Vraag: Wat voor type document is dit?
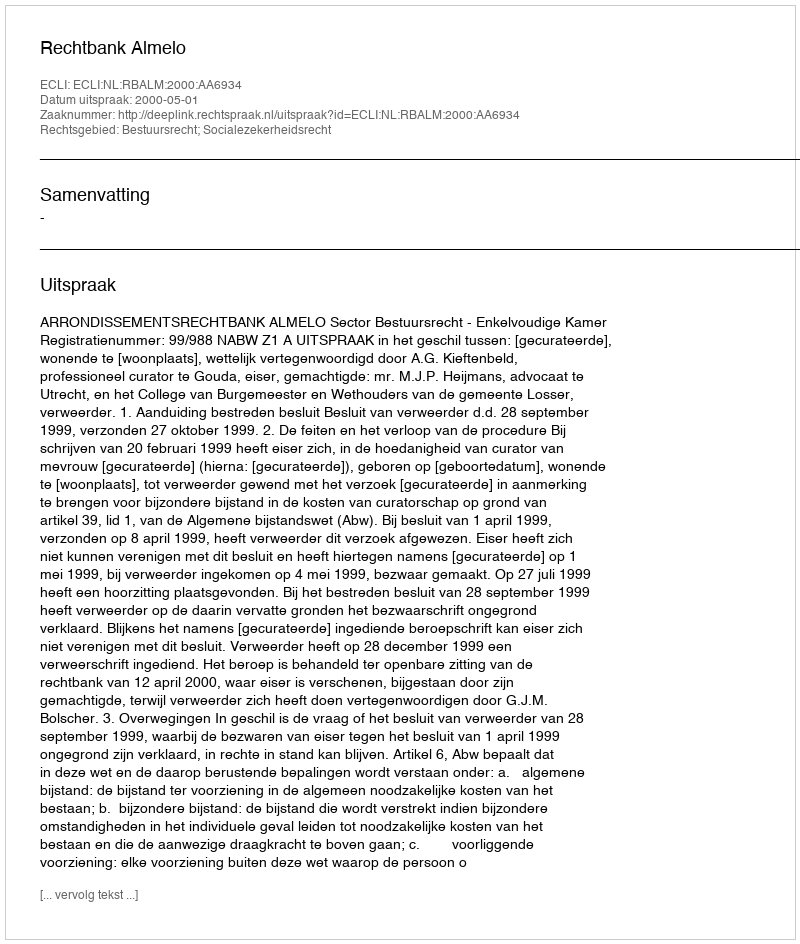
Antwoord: Uitspraak